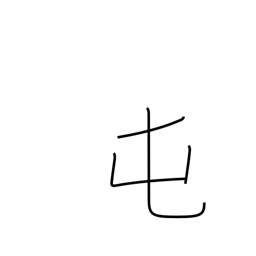
Meaning: barracks